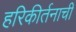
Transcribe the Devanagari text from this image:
हरिकीर्तनाची